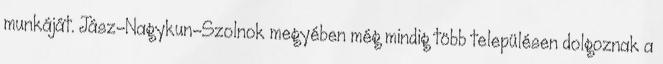
munkáját. Jász-Nagykun-Szolnok megyében még mindig több településen dolgoznak a